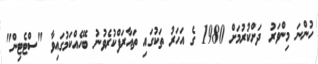
ހުންނަ މިންވަރު ދަށްކުރުމަށް 1980 ގެ އަހަރު ތަކުގައި ތައާރަފްކުރެވުނު ބޭހެެއްކަމުގައިވާ "ސްޓެޓިން"